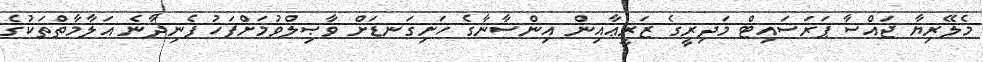
މެލޭރިޔާ ޖައްސާ ޕަރަސައިޓް މަދިރީގެ ޒަރީޢާއިން އިންސާނާގެ ހަށިގަނޑަށް ވާޞިލްވުމަށްފަހު ފެނިދާނެ އަލާމާތްތަކުގެ